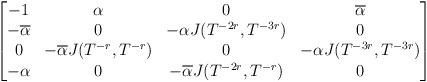
LaTeX: \begin{align*}\begin{bmatrix}-1&\alpha&0&\overline\alpha\\-\overline\alpha&0&-\alpha J(T^{-2r},T^{-3r})&0\\0&-\overline\alpha J(T^{-r},T^{-r})&0&-\alpha J(T^{-3r},T^{-3r})\\-\alpha&0&-\overline\alpha J(T^{-2r},T^{-r})&0\end{bmatrix}\end{align*}